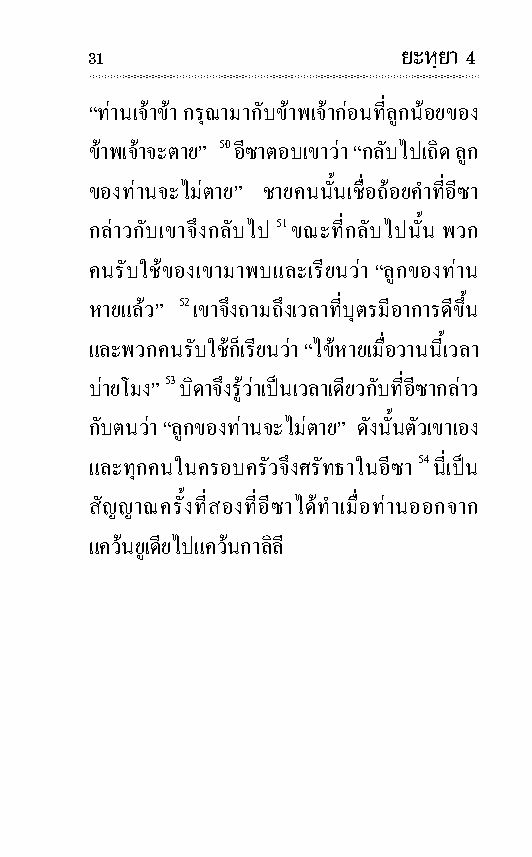
31                   ยะหฺยา 4
 “ทาน เจาขา กรุณามากับขาพ เจากอนที่ลูก นอยของ
 ขาพ เจาจะตาย” 50 อีซาตอบเขาวา “กลับไปเถิด ลูก
 ของทานจะไมตาย” ชายคนนั้นเชื่อถอย คําที่อีซา
 กลาวกับเขาจึงกลับไป 51 ขณะที่กลับไปนั้น พวก
 คนรับใชของเขามาพบและเรียนวา “ลูกของทาน
 หายแลว” 52 เขาจึงถามถึงเวลาที่บุตรมีอา การดีขึ้น
 และพวกคนรับใชก็เรียนวา “ไขหายเมื่อวานนี้เวลา
 บายโมง” 53 บิดาจึงรูวาเปนเวลาเดียวกับที่อีซากลาว
 กับตนวา “ลูกของทานจะไมตาย” ดัง นั้นตัวเขาเอง
 และทุก คนในครอบ ครัวจึงศรัทธาในอีซา 54 นี่เปน
 สัญญาณครั้งที่สองที่อีซาไดทําเมื่อทานออกจาก
 แควนยูเดียไปแควนกา ลิลี